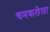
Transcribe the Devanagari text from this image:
चमकलेला